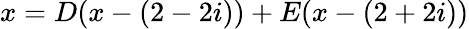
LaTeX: x=D(x-(2-2i))+E(x-(2+2i))